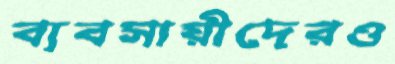
ব্যবসায়ীদেরও